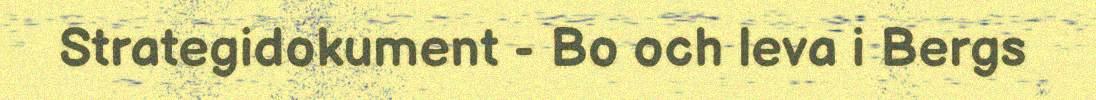
Strategidokument - Bo och leva i Bergs